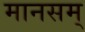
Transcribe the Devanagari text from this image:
मानसम्